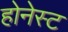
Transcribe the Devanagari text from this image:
होनेस्ट